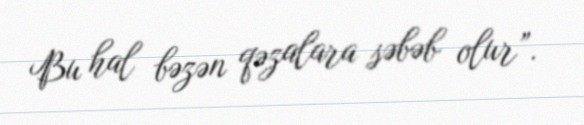
Bu hal bəzən qəzalara səbəb olur”.